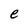
Character: e